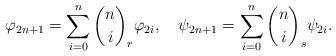
LaTeX: \begin{align*} \varphi_{2n+1}=\sum_{i=0}^n {n\choose i}_r\varphi_{2i}, \quad \psi_{2n+1}=\sum_{i=0}^n {n\choose i}_s\psi_{2i}.\end{align*}